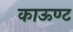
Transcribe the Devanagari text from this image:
काऊण्ट